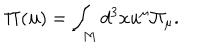
{ } { \bf \Pi } ( { \bf u } ) = \int _ { M } d ^ { 3 } x u ^ { \mu } { \Pi } _ { \mu } .